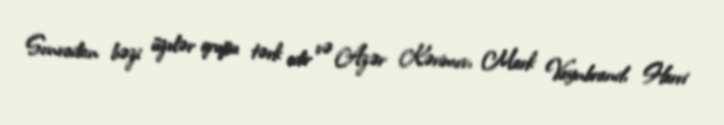
Sonradan bəzi üzvlər qrupu tərk edir və Azər Kərimov, Mark Vaynbrand, Harri